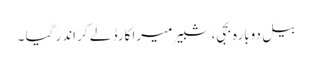
بیل دوبارہ بجی، شبیر میرا کارڈ لے کر اندر گیا ۔